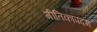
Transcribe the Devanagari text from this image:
गीतिकापदम